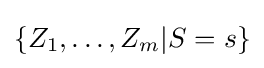
\{Z_{1},\ldots ,Z_{m}|S=s\}